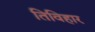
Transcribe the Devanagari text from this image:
तिविहार